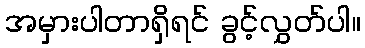
အမှားပါတာရှိရင် ခွင့်လွှတ်ပါ။